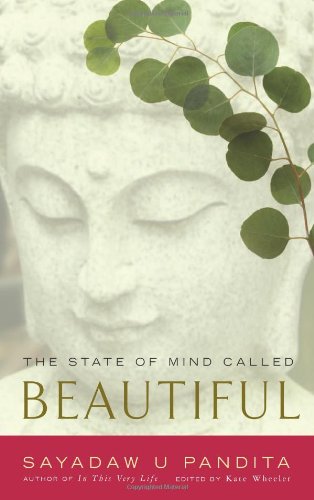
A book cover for The State of Mind Called Beautiful; Sayadaw U Pandita; Religion & Spirituality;